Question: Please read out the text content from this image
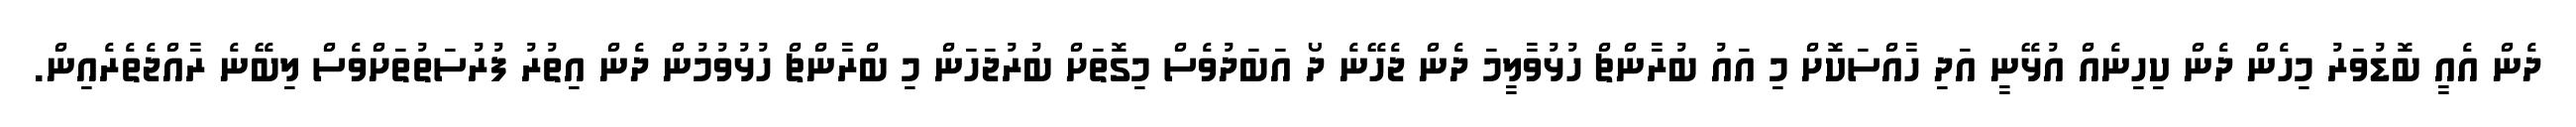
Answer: ދެން އެއީ ބޮޑުވަރު މިހެން ދެން ކިހިނެއް އުޅޭނީ އަދި ހާއްސަކޮށް މި އައު ބުރާންޗް ހުޅުވާލީމަ ދެން ޖެހޭނެ ދޯ އަބަދުވެސް މިގޮތަށް ބުރުޖަހަން މި ބްރާންޗް ހުޅުވުމުން ދެން އިތުރު ފުރުސަތުތަށްވެސް ލިބޭނެ ރާއްޖެތެރެއިން.